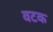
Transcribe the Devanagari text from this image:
वटक